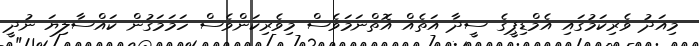
މިއަދު ވެރިކަމުގައި އެމްޑިޕީގެ ސީދާ އަތެއް އޮތްނަމަވެސް މިވެރިކަންވެސް ހަމަމަގުން ކައްސާލިޔަ ނުދީ